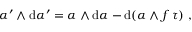
\alpha ^ { \prime } \wedge \mathrm { d } \alpha ^ { \prime } = \alpha \wedge \mathrm { d } \alpha - \mathrm { d } ( \alpha \wedge f \, \tau ) \ ,